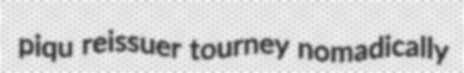
piqu reissuer tourney nomadically